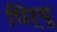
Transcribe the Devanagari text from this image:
पिर्थू